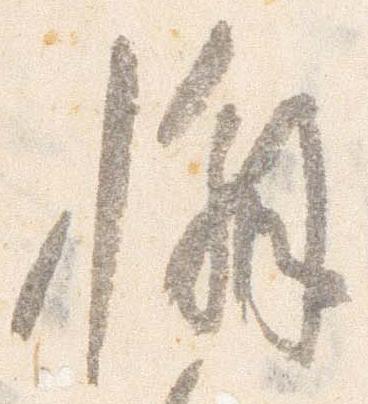
懈